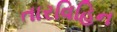
તારવિહિન